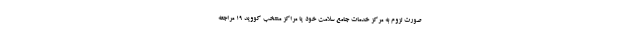
صورت لزوم به مرکز خدمات جامع سلامت خود یا مراکز منتخب کووید ۱۹ مراجعه